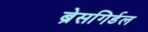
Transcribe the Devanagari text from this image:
ब्रेसगिर्डल